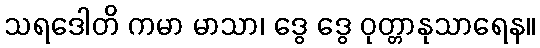
သရဒေါတိ ကမာ မာသာ၊ ဒွေ ဒွေ ဝုတ္တာနုသာရေန။